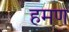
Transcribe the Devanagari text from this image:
हमण